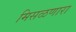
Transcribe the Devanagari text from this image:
मिसळणारा